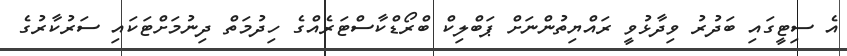
އެ ސިޓީގައި ބަދުރު ވިދާޅުވީ ރައްޔިތުންނަށް ޕަބްލިކް ބްރޯޑްކާސްޓަރެއްގެ ހިދުމަތް ދިނުމަށްޓަކައި ސަރުކާރުގެ